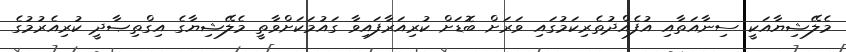
މެލޭޝިޔާއަކީ ސިނާއަތާއި އުފެއްދުތެރިކަމުގައި ވަރަށް ބޮޑަށް ކުރިއަރާފައިވާ ގައުމަކަށްވާތީ މެލޭޝިޔާގެ އިގްތިޞާދީ ކުރިއެރުމުގެ